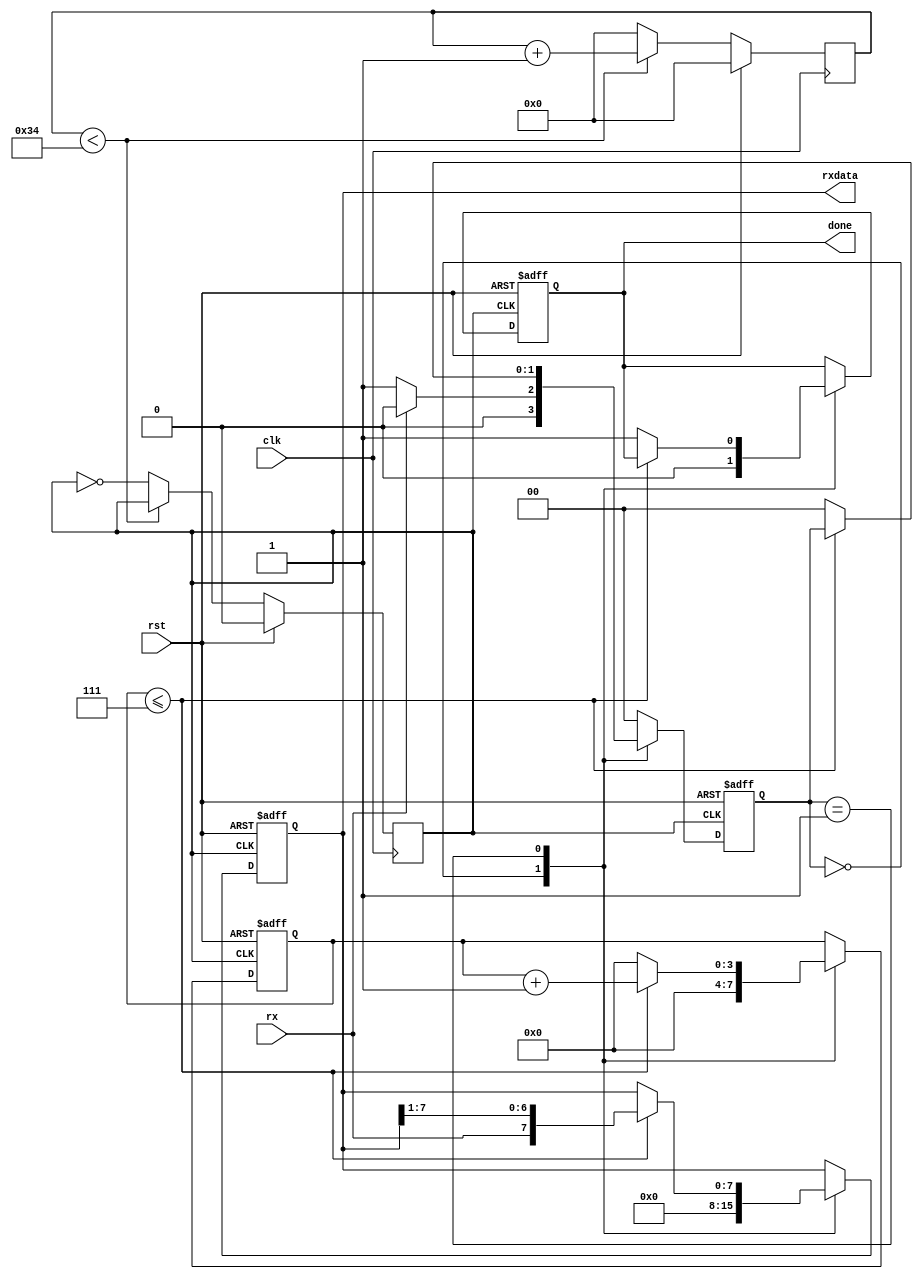
`timescale 1ns / 1ps

module uartrx (
  input clk,
  input rst,
  input rx,
  output reg done,
  output reg [7:0] rxdata
);

  parameter clk_freq = 1000000; // MHz
  parameter baud_rate = 9600;

  localparam clkcount = (clk_freq / baud_rate);

  reg [15:0] count;
  reg [3:0] counts;
  reg uclk;

  reg [1:0] state;

  localparam IDLE = 2'b00;
  localparam START = 2'b01;

  // UART clock generation
  always @(posedge clk) begin
  
    if (rst) begin
        count <= 0;
        uclk <= 0;
    end
  
    else begin
    
      if (count < (clkcount) / 2) begin
        count <= count + 1;
      end 
      else begin
        count <= 0;
        uclk <= ~uclk;
      end
     end
   end
  

  // UART receive FSM
  always @(posedge uclk or posedge rst) begin
    if (rst) begin
      rxdata <= 8'h00;
      counts <= 0;
      done <= 1'b0;
      state <= IDLE;
    end else begin
      case (state)
IDLE: begin
          rxdata <= 8'h00;
          counts <= 0;
          done <= 1'b0;

          if (rx == 1'b0)
            state <= START;
          else
            state <= IDLE;
        end

START: begin
          if (counts <= 7) begin
            counts <= counts + 1;
            rxdata <= {rx, rxdata[7:1]};
          end else begin
            counts <= 0;
            done <= 1'b1;
            state <= IDLE;
          end
        end

        default: state <= IDLE;
      endcase
    end
  end

endmodule